Report on sanitation, dispensaries, and jails in Rajputana for 1917, and on vaccination for the year 1917-1918 - 1917-1918
Year: 1917
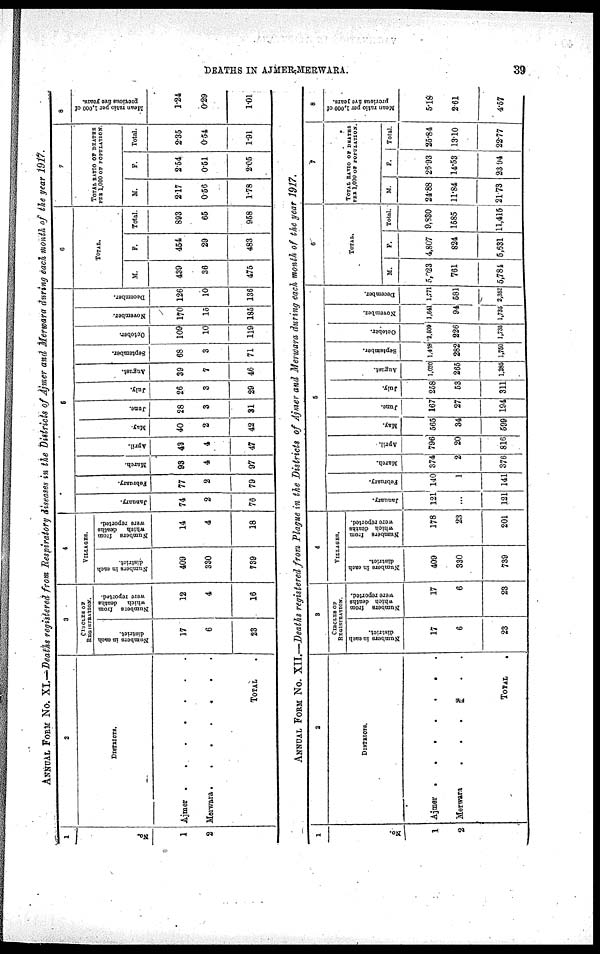
DEATHS IN AJMER-MERWARA.
39
ANNUAL FORM No. XI.—Death registered from Respiratory diseases in the Districts of Ajmer and Merwara during each month of the year 1917.
1
No.
1
2
2
DISTRICTS.
Ajmer
.
.
.
.
.
.
.
Merwara .
.
.
.
.
.
TOTAL.
3
CIRCLES OF
REGISTRATION.
Numbers in each
districts.
17
6
23
Numbers
from
which
deaths
were reported.
12
4
16
4
VILLAGES.
Numbers in each
districts.
409
330
739
Numbers from which deaths
were reported.
14
4
18
5
January.
74
2
76
February.
77
2
79
March.
93
4
97
April.
43
4
47
May.
40
2
42
June.
28
3
31
July.
26
3
29
August.
39
7
46
September.
68
3
71
October.
109
10
119
November.
170
15
185
December.
126
10
136
6
TOTAL.
M.
439
36
475
F.
454
29
483
Total
893
65
958
7
TOTAL RATIO OF DEATHS
PER 1,000 OF POPULATION.
M.
2.17
0.56
1.78
F.
2.54
0.61
2.05
Total.
2.36
0.54
1.91
8
Mean ratio per 1,000 of
previous five years.
1.24
0.29
1.01
ANNUAL FORM No. XII.—Deaths registered from Plague in the Districts of Ajmer and Merwara during each month of the year 1917.
1
No.
1
2
2
DISTRICTS.
Ajmer . . . . . .
Merwara
.
.
.
.
.
.
TOTAL .
3
CIRCLES OF
REGISTRATION.
Numbers in each
district.
17
6
23
Numbers
from
which
deaths
were
reported.
17
6
23
4
VILLAGES.
Number in each
district.
409
330
739
Numbers
from
which deaths
were
reported.
178
23
201
5
January.
121
...
121
February.
140
1
141
March.
374
2
376
April.
796
20
816
May.
565
34
599
June.
167
27
194
July.
258
53
311
August.
1, 020
265
1,285
September.
1,438
282
1,750
October.
2,509
226
1,735
November.
1,641
94
1,735
December.
1,771
581
2,352
6
TOTAL.
M.
5,023
761
5,784
F.
4,807
824
5,631
Total.
9,830
1585
11,415
7
TOTAL RATIO OF DEATHS
PER l,000 OF POPULATION.
M.
24.88
11.84
21.73
F.
26.93
14.53
23.94
Total.
25.84
13.10
22.77
8
Mean ratio per 1.000 of
previous
five
years.
5.18
2.61
4.57